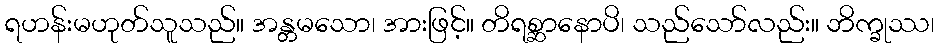
ရဟန်းမဟုတ်သူသည်။ အန္တမသော၊ အားဖြင့်။ တိရစ္ဆာနောပိ၊ သည်သော်လည်း။ ဘိက္ခုဿ၊